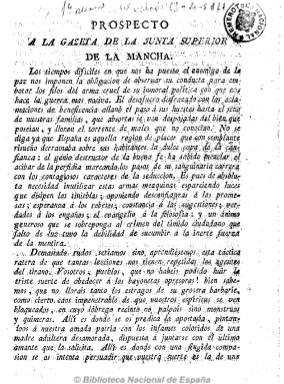
Título: Gazeta de la Junta Superior de la Mancha
Otros títulos: Gaceta de la Junta Superior de la Mancha || La Provincia de la Mancha contra El diccionario burlesco
Colección: Gacetas
Ámbito geográfico: Albacete
Lugar de publicación: Elche de la Sierra [Albacete]
Fechas: 26/04/1811-30/05/1812

La provincia de Albacete tuvo que esperar a la Guerra de Independencia para tener el primer periódico, que no es otro que esta Gazeta, que debió empezar a publicarse el 13 de abril de 1811, como órgano de la Junta Superior de la Mancha, cuando esta se instala junto al Tercer Ejército en Elche de la Sierra. En su prospecto se refleja su carácter patriótico y, como señala Checa Godoy, con el “talante abierto y liberal” de una junta que después se tornará conservadora y antirreformista tras ponerse al frente de la misma el servil fraile Agustín de Castro. Así se refleja en su número de 30 de mayo de 1812, reimpreso en Cádiz por Antonio de Murguía, dedicado monográficamente a atacar el Diccionario crítico burlesco, de Bartolomé José Gallardo.

Publicará las actuaciones de la junta, que jurará la Constitución el 25 de julio de 1812 en Infantes, así como noticias de los acontecimientos bélicos y políticos que se están produciendo en España. Aparecerá con frecuencia bisemanal, los sábados, en números de ocho páginas, en una imprenta volante o itinerante, que el 15 de agosto de este año se traslada a Alcaraz, continuando con toda probabilidad la impresión aquí de la Gazeta, hasta el cinco de diciembre. En enero de 1813 la junta empezará a editar su periódico en Ciudad Real bajo el título de Gazeta de la provincia de la Mancha.